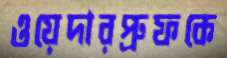
ওয়েদারপ্রুফকে